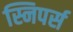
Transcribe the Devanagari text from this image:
स्निपर्स